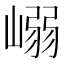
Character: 嵶